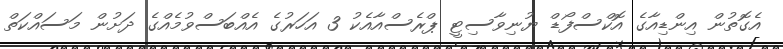
އެގޮތުން އިންޑިއާގެ އޮކްސްފޯޑް ޔުނިވާސިޓީ ޕްރެސްއާއެކު 3 އަހަރުގެ އެއްބަސްވުމެއްގެ ދަށުން މަސައްކަތް